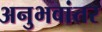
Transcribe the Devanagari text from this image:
अनुभवांतर